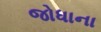
જોધાના